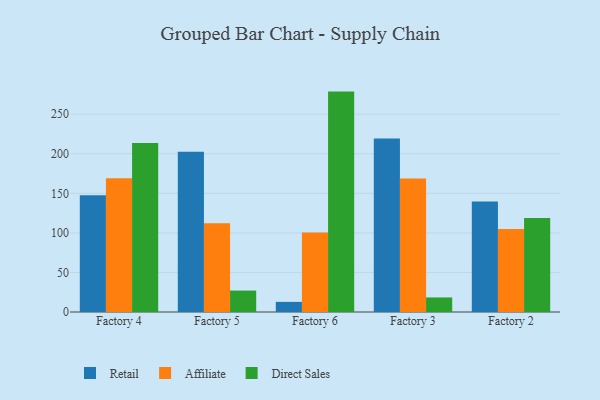
{"axis": {"x": "Factory", "y": "Revenue (USD Million)"}, "legend": ["Affiliate", "Direct Sales", "Retail"], "data": [{"x": "Factory 4", "y": 147.7, "type": "Retail"}, {"x": "Factory 4", "y": 169.0, "type": "Affiliate"}, {"x": "Factory 4", "y": 213.7, "type": "Direct Sales"}, {"x": "Factory 5", "y": 202.7, "type": "Retail"}, {"x": "Factory 5", "y": 112.1, "type": "Affiliate"}, {"x": "Factory 5", "y": 27.1, "type": "Direct Sales"}, {"x": "Factory 6", "y": 12.8, "type": "Retail"}, {"x": "Factory 6", "y": 100.4, "type": "Affiliate"}, {"x": "Factory 6", "y": 278.6, "type": "Direct Sales"}, {"x": "Factory 3", "y": 219.3, "type": "Retail"}, {"x": "Factory 3", "y": 168.6, "type": "Affiliate"}, {"x": "Factory 3", "y": 18.4, "type": "Direct Sales"}, {"x": "Factory 2", "y": 139.6, "type": "Retail"}, {"x": "Factory 2", "y": 104.8, "type": "Affiliate"}, {"x": "Factory 2", "y": 118.7, "type": "Direct Sales"}]}